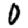
Digit: 0